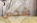
شخص